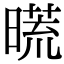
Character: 𣊀